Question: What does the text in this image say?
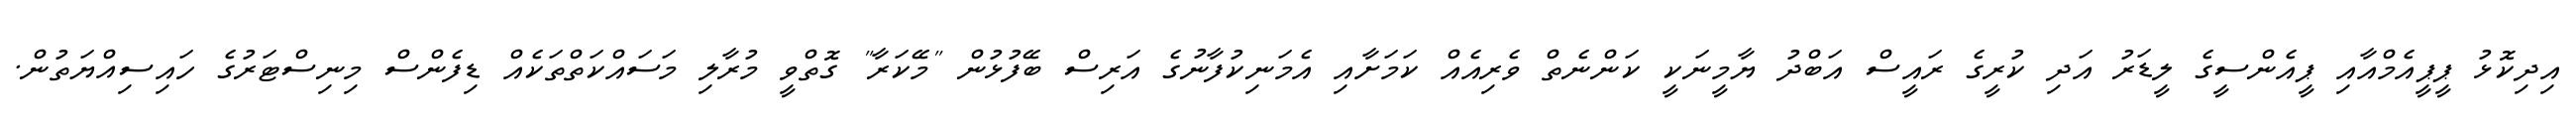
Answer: އިދިކޮޅު ޕީޕީއެމްއާއި ޕީއެންސީގެ ލީޑަރު އަދި ކުރީގެ ރައީސް އަބްދު ޔާމީނަކީ ކަންނެތް ވެރިއެއް ކަމަށާއި އެމަނިކުފާނުގެ އަރިސް ބޭފުޅުން "މޭކަރާ" ގޮތްވީ މުރާލި މަސައްކަތްތަކެއް ޑިފެންސް މިނިސްޓަރުގެ ހައިސިއްޔަތުން.